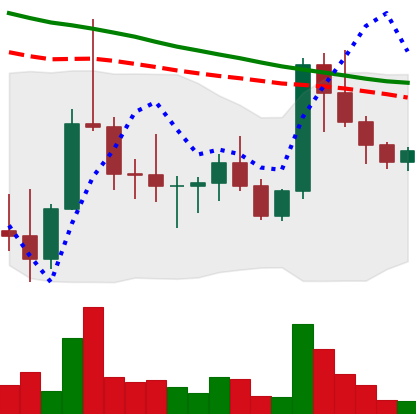
Ticker: DOGE-USD
Chart end date: 2022-10-09
Forward return: -5.652%
Label: down_5_7